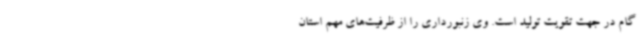
گام در جهت تقویت تولید است. وی زنبورداری را از ظرفیت‌های مهم استان